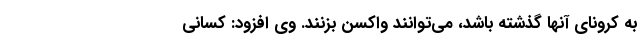
به کرونای‌ آنها گذشته باشد، می‌توانند واکسن بزنند. وی افزود: کسانی